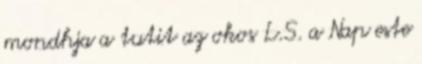
mondhja a tutit az okos L.S. a Nap este